Report of an investigation into the causes of malaria in Bombay and the measures necessary for its control
Disease focus: Malaria
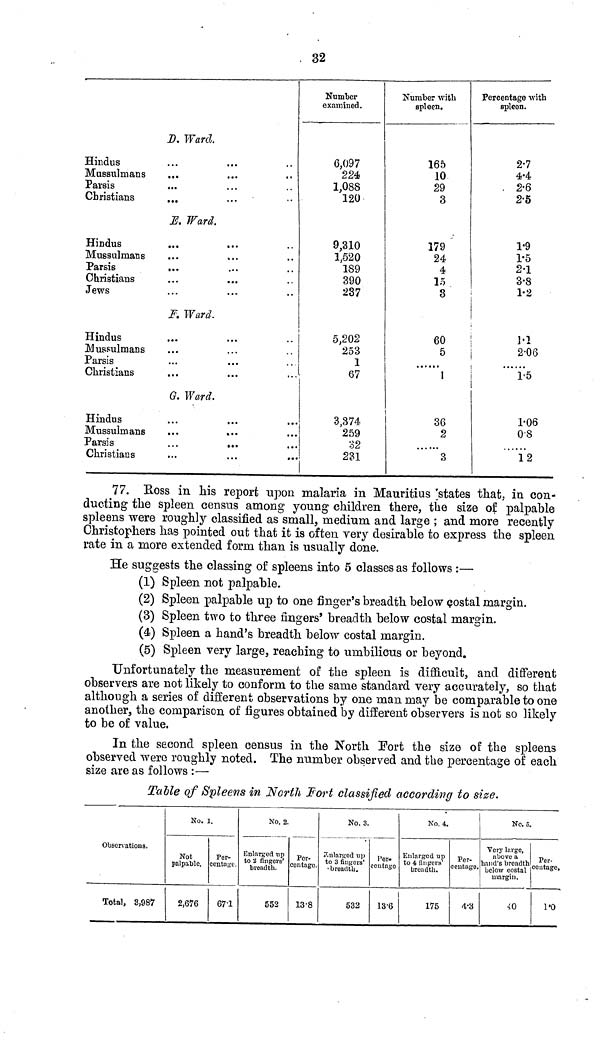
32
D, Ward.
Hindus
Mussulmans
Parsis
Christians
E. Ward.
Hindus
Mussulmans
Parsis
...
Christians
Jews
F. Ward.
Hindus
...
...
..
Mussulmans
Parsis
Christians
...
...
...
G. Ward.
Hindus
Mussulmans
Parsis
...
...
Christians
Number
examined.
6,097
224
1,088
120
9,310
1,520
189
390
237
5,202
253
1
67
3,374
259
32
231
Number with
spleen.
165
10
29
3
179
24
4
15
3
60
5
» • » •
1
36
2
3
Percentage with
spleen.
2.7
4.4
2.6
2.5
1.9
1.5
2.1
3.8
1.2
M
2.06
1.5
1.06
0.8
12
77. Boss in his report upon malaria in Mauritius states that, in con-
ducting the spleen census among young children there, the size of palpable
spleens were roughly classified as small, medium and large ; and more recently
Christophers has pointed out that it is often very desirable to express the spleen
rate in a more extended form than is usually done.
He suggests the classing of spleens into 5 classes as follows :—
(1) Spleen not palpable.
(2) Spleen palpable up to one finger's breadth below costal margin.
(3) Spleen two to three fingers' breadth below costal margin.
(4) Spleen a hand's breadth below costal margin.
(5) Spleen very large, reaching to umbilicus or beyond.
Unfortunately the measurement of the spleen is difficult, and different
observers are not likely to conform to the same standard very accurately, so that
although a series of different observations by one man may be comparable to one
another, the comparison of figures obtained by different observers is not so likely
to be of value.
In the second spleen censu3 in the North Fort the size of the spleens
observed were roughly noted. The number observed and the percentage of each
size are as follows :—
Talle of Spleens in North Fort classified according to size.
Observations.
Total, 3,987
No. 1.
Not
palpable.
2,676
Per-
centage.
67.1
No. 2.
Enlarged up
to 3 fingers'
breadth.
552
Per-
centage.
13.8
No. 3.
Enlarged up
to 3 fingers'
breadth.
532
Per-
centage
13.6
No. 4.
Enlarged up
to 4 fingers'
breadth.
175
Per-
centage.
4.3
No. 5.
Very large,
above a
hand's breadth
below costal
margin.
40
Per-
centage.
1.0